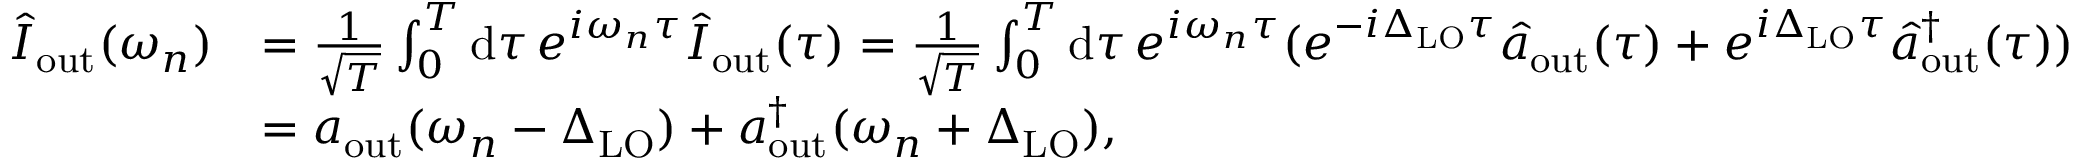
\begin{array} { r l } { \hat { I } _ { \mathrm { o u t } } ( \omega _ { n } ) } & { = \frac { 1 } { \sqrt { T } } \int _ { 0 } ^ { T } \mathrm { d } \tau \, e ^ { i \omega _ { n } \tau } \hat { I } _ { \mathrm { o u t } } ( \tau ) = \frac { 1 } { \sqrt { T } } \int _ { 0 } ^ { T } \mathrm { d } \tau \, e ^ { i \omega _ { n } \tau } ( e ^ { - i \Delta _ { \mathrm { L O } } \tau } \hat { a } _ { \mathrm { o u t } } ( \tau ) + e ^ { i \Delta _ { \mathrm { L O } } \tau } \hat { a } _ { \mathrm { o u t } } ^ { \dagger } ( \tau ) ) } \\ & { = a _ { \mathrm { o u t } } ( \omega _ { n } - \Delta _ { \mathrm { L O } } ) + a _ { \mathrm { o u t } } ^ { \dagger } ( \omega _ { n } + \Delta _ { \mathrm { L O } } ) , } \end{array}